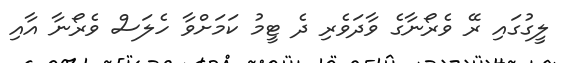
ލީގުގައި ރޭ ވެރޯނާގެ ވާދަވެރި ދެ ޓީމު ކަމަށްވާ ހެލަސް ވެރޯނާ އާއި